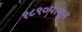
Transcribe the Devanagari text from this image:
१८९०पासून